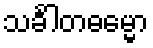
သင်္ခါတဓမ္မော